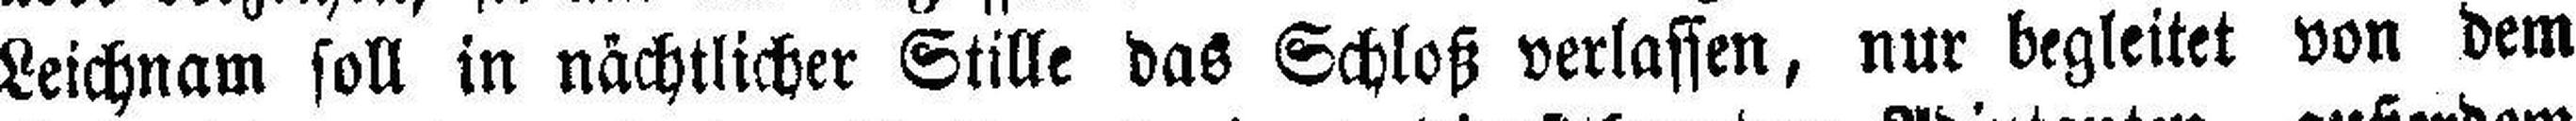
Leichnam soll in nächtlicher Stille das Schloß verlassen, nur begleitet von dem